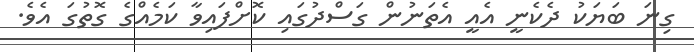
ގިނަ ބަޔަކު ދެކެނީ އެއީ އެތަނުން ގަސްދުގައި ކޮށްފައިވާ ކަމެއްގެ ގޮތުގަ އެވެ.